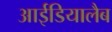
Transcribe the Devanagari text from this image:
आईडियालैब